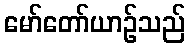
မော်တော်ယာဉ်သည်